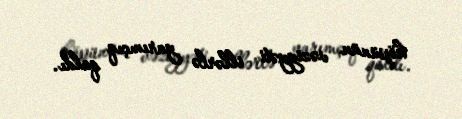
köpünün vəziyyəti illərlə yarımçıq qaldı.